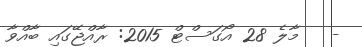
-   މާލެ 28 އޯގަސްޓް 2015: ރާއްޖޭގައި ބާއްވާ